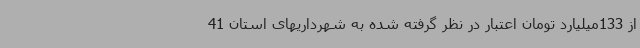
از 133میلیارد تومان اعتبار در نظر گرفته شده به شهرداریهای استان 41